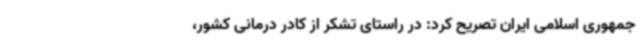
جمهوری اسلامی ایران تصریح کرد: در راستای تشکر از کادر درمانی کشور،